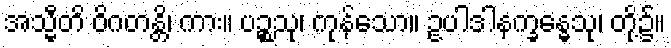
အသ္မီတိ ဝိဂတန္တိ၊ ကား။ ပဉ္စသု၊ ကုန်သော။ ဥပါဒါနက္ခန္ဓေသု၊ တို့၌။